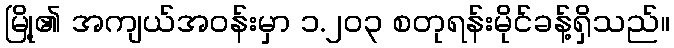
မြို့၏ အကျယ်အဝန်းမှာ ၁.၂၀၃ စတုရန်းမိုင်ခန့်ရှိသည်။